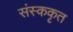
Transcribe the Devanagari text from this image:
संस्ककृत